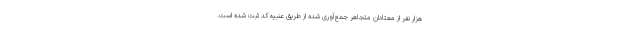
هزار نفر از معتادان متجاهر جمع‌آوری شده از طریق عنبیه کد ثبت شده است.